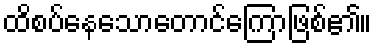
ထိစပ်နေသောတောင်ကြောဖြစ်၏။